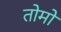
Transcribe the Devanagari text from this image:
तोमो